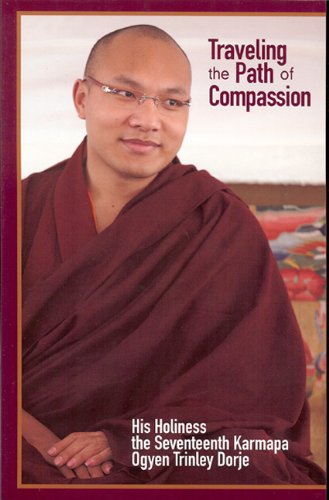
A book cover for Traveling the Path of Compassion: A Commentary on The Thirty-Seven Practices of a Bodhisattva (Densal Semiannual Publication); Karmapa Ogyen Trinley Dorje; Travel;